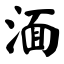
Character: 湎